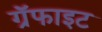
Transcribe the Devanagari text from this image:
ग्रॅफाइट